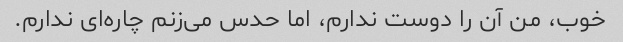
خوب، من آن را دوست ندارم، اما حدس می‌زنم چاره‌ای ندارم.